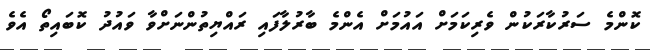
ކޮންމެ ސަރުކާރަކުން ވެރިކަމަށް އައުމަށް އެންމެ ބާރުލާފައި ރައްޔިތުންނަށްވާ ވައުދު ކޮބައިތޯ އެވެ